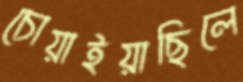
চোয়াইয়াছিলে